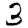
Digit: 3